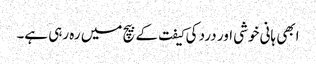
ابھی ہانی خوشی اور درد کی کیفت کے بیچ میں رہ رہی ہے۔